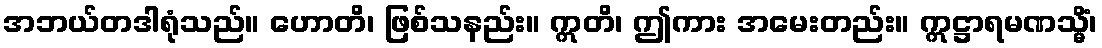
အဘယ်တဒါရုံသည်။ ဟောတိ၊ ဖြစ်သနည်း။ ဣတိ၊ ဤကား အမေးတည်း။ ဣဋ္ဌာရမဏသ္မိံ၊